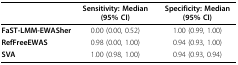
<table><thead><tr><td></td><td><b>Sensitivity: Median (95% CI)</b></td><td><b>Specificity: Median (95% CI)</b></td></tr></thead><tbody><tr><td><b>FaST-LMM-EWASher</b></td><td>0.00 (0.00, 0.52)</td><td>1.00 (0.99, 1.00)</td></tr><tr><td><b>RefFreeEWAS</b></td><td>0.98 (0.00, 1.00)</td><td>0.94 (0.93, 1.00)</td></tr><tr><td><b>SVA</b></td><td>1.00 (0.98, 1.00)</td><td>0.94 (0.93, 0.94)</td></tr></tbody></table>